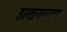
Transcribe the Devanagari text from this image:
उत्खननावर